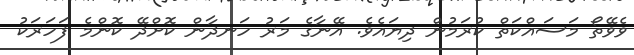
ވެވޭތޯ މަސައްކަތް ކުރަމުން ދިޔައެވެ. އޭނާގެ މަރު ހަނދާން ކޮށްދޭ ކޮންމެ ފަހަރަކު